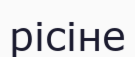
рісіне